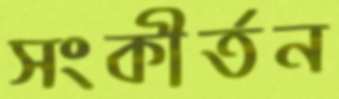
সংকীর্তন